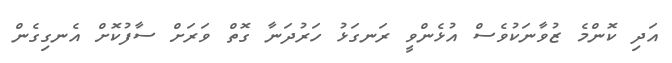
އަދި ކޮންމެ ޒުވާނަކުވެސް އުޅެންވީ ރަނގަޅު ހަރުދަނާ ގޮތް ވަރަށް ސާފުކޮށް އެނގިގެން